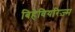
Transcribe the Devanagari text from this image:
बिहेवियरिज़्म